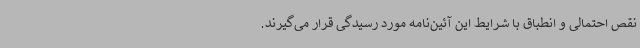
نقص احتمالی و انطباق با شرایط این آئین‌نامه مورد رسیدگی قرار می‌گیرند.